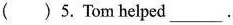
()5. Tom helped___.